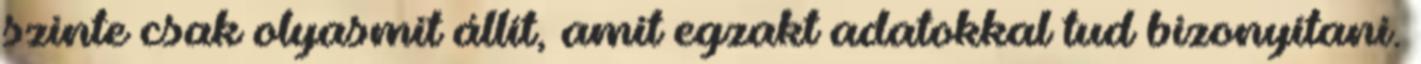
szinte csak olyasmit állít, amit egzakt adatokkal tud bizonyítani.